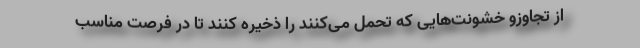
از تجاوزو خشونت‌هایی که تحمل می‌کنند را ذخیره کنند تا در فرصت مناسب